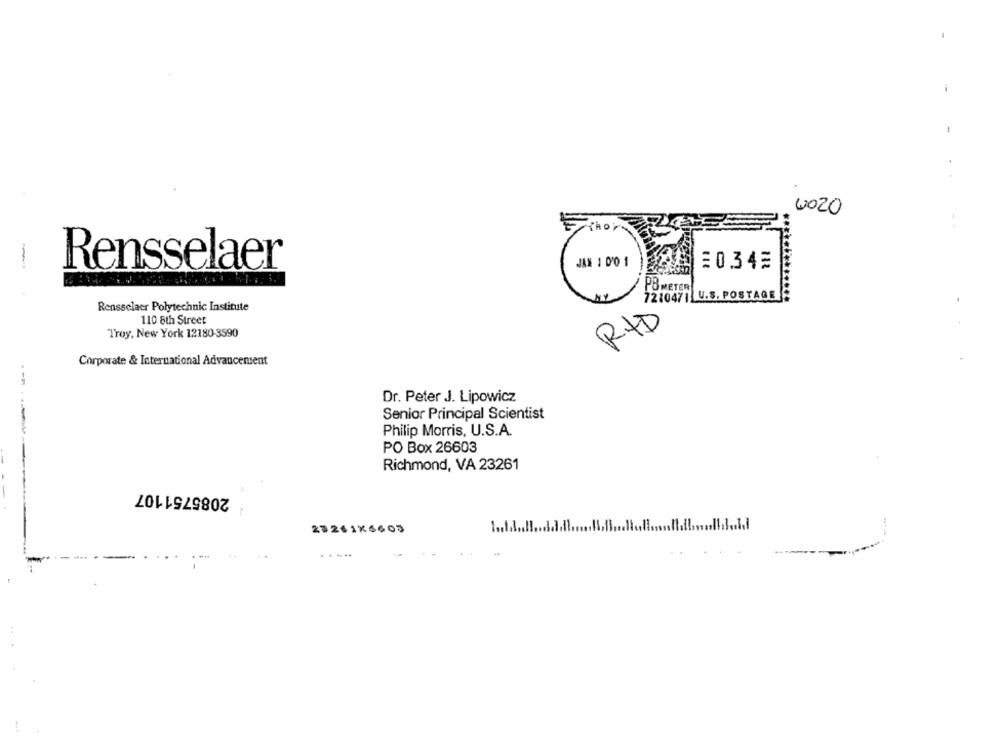
2020
Rensselaer
JAK 1 0'0 1
20.342
PO METER
72104711
U.S. POSTAGE
Rensselaer Polytechnic Institute
110 8th Street
RtD
Troy, New York 12180-3590
Corporate & International Advancement
Dr. Peter J. Lipowicz
Senior Principal Scientist
Philip Morris, U.S.A.
PO Box 26603
Richmond, VA 23261
-----
2085751107
23261K6603
1.1